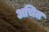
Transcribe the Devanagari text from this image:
अचित